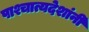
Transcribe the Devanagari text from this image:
पाश्चात्यदेशांनी